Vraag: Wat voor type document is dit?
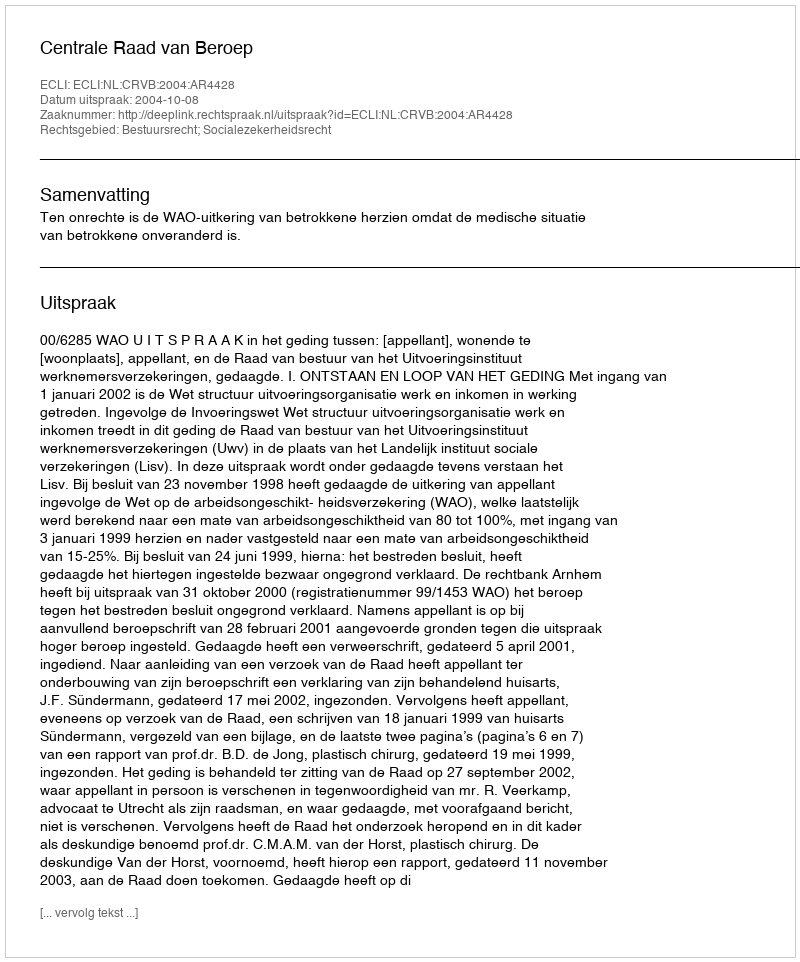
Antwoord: Uitspraak